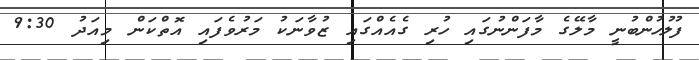
ފުލުހުންބުނީ މާލޭގެ މާފަންނުގައި ހުރި ގެއެއްގައި ޒުވާނަކު މަރުވެފައި އޮތްކަން މިއަދު 9:30